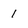
Character: 1